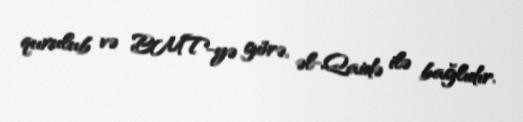
qurulub və BMT-yə görə, əl-Qaidə ilə bağlıdır.